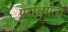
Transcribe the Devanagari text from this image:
परोक्षरीत्या